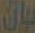
بان